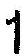
1